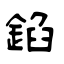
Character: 錎